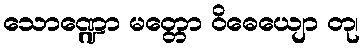
သောဏ္ဍော မတ္တော ဝိဓေယျော တု၊